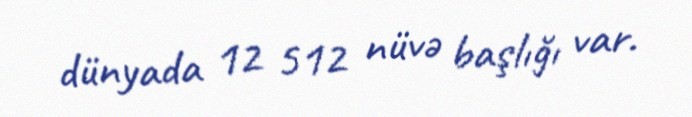
dünyada 12 512 nüvə başlığı var.